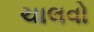
ચાલવો